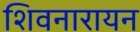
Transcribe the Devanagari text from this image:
शिवनारायन